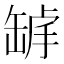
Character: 𦈾